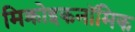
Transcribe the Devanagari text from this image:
मिक्रोइकनॉमिक